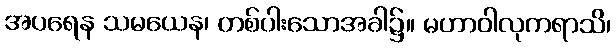
အပရေန သမယေန၊ တစ်ပါးသောအခါ၌။ မဟာဝါလုကရာသိ၊